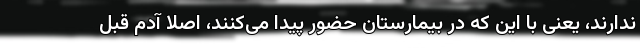
ندارند، یعنی با این که در بیمارستان حضور پیدا می‌کنند، اصلا آدم قبل